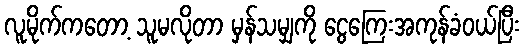
လူမိုက်ကတော့ သူမလိုတာ မှန်သမျှကို ငွေကြေးအကုန်ခံဝယ်ပြီး